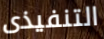
التنفيذى